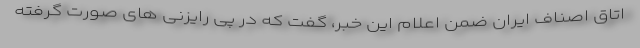
اتاق اصناف ایران ضمن اعلام این خبر، گفت که در پی رایزنی های صورت گرفته